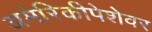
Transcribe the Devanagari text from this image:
अमेरिकीपेशेवर